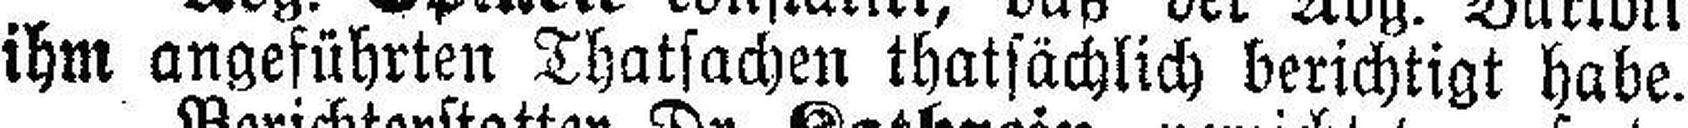
ihm angeführten Thatsachen thatsächlich berichtigt habe.